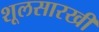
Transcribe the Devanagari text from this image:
शूलसारखी